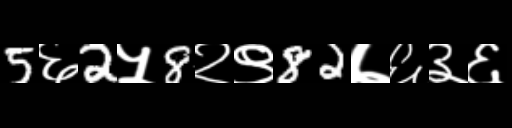
Text: 5६2५8२९82७६३६